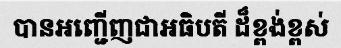
បានអញ្ជើញជាអធិបតី ដ៏ខ្ពង់ខ្ពស់